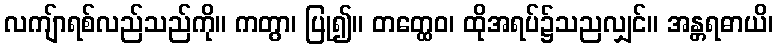
လကျ်ာရစ်လည်သည်ကို။ ကတွာ၊ ပြု၍။ တတ္ထေဝ၊ ထိုအရပ်၌သညလျှင်။ အန္တရဓာယိ၊